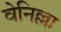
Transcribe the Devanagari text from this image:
वेनिल्ला